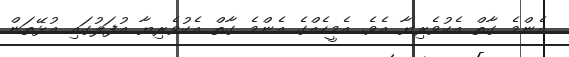
އެންމެ ގާތް އެކުވެރިޔާ އެވެ. އެމީހެއްގެ އެންމެ ގާތް އެކުވެރިޔާ އުފަލުގައި އުޅޭތަން